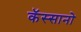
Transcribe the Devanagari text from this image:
कॅस्सानो